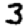
Digit: 3